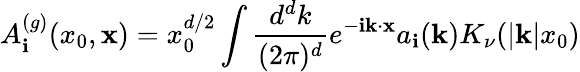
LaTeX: A_{\mathbf{i}}^{(g)}(x_{0},{\mathbf{x}})=x_{0}^{d/2}\int{\frac{{d^{d}k}}{{(2\pi)^{d}}}}e^{-\mathbf{i}{\mathbf{k}}\cdot{\mathbf{x}}}a_{\mathbf{i}}({\mathbf{k}})K_{\nu}(|{\mathbf{k}}|x_{0})